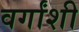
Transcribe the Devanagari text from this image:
वर्गांशी